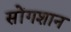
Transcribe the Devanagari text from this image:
सोंगशान